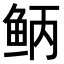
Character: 𫚎